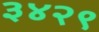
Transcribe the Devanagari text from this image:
३४२९